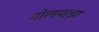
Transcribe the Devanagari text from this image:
गोलपाड़ा